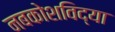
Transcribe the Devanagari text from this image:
नबकोशविद्या